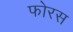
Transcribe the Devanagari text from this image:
फोरस